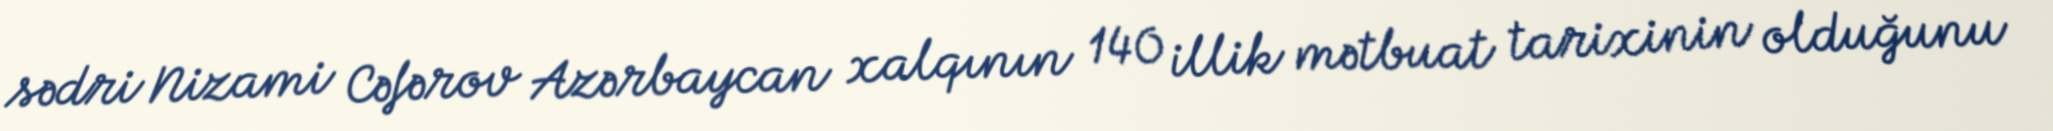
sədri Nizami Cəfərov Azərbaycan xalqının 140 illik mətbuat tarixinin olduğunu